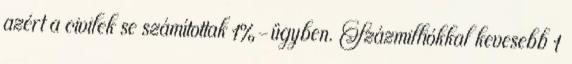
azért a civilek se számítottak 1%-ügyben. Százmilliókkal kevesebb 1